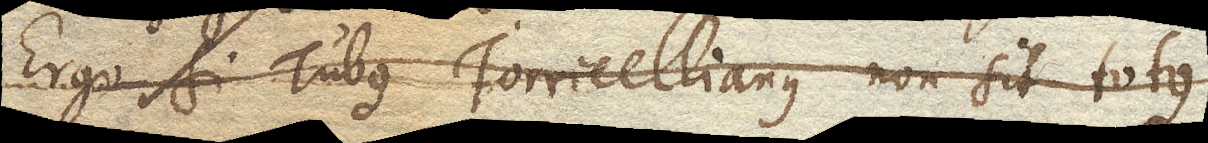
Ergo si Tubus Torricellianus non sit totus